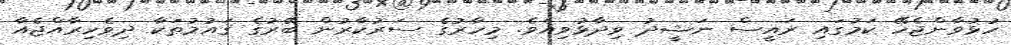
ހުޅުވާންޖެހޭ ކަމުގައި ރައީސް ނަޝީދު ވިދާޅުވިއެވެ. މިހާރުގެ ސަރުކާރުން ބޭރުގެ ޤައުމުތަކާ ދިވެހިރާއްޖެއާ